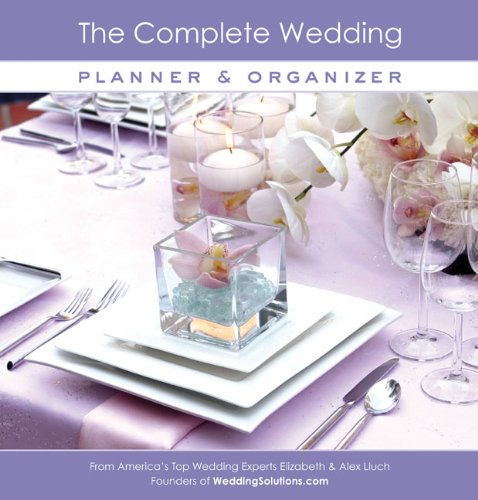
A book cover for The Complete Wedding Planner & Organizer; Elizabeth Lluch; Crafts, Hobbies & Home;